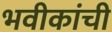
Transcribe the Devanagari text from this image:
भवीकांची